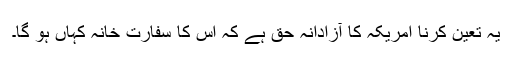
یہ تعین کرنا امریکہ کا آزادانہ حق ہے کہ اس کا سفارت خانہ کہاں ہو گا۔